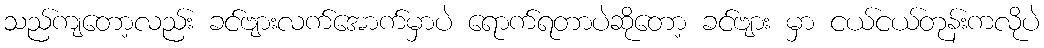
သည်ကျတော့လည်း ခင်ဗျားလက်အောက်မှာပဲ ရောက်ရတာပဲဆိုတော့ ခင်ဗျား မှာ ငယ်ငယ်တုန်းကလိုပဲ